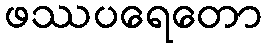
ဖဿပရေတော